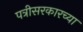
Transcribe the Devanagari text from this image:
पत्रीसरकारच्या